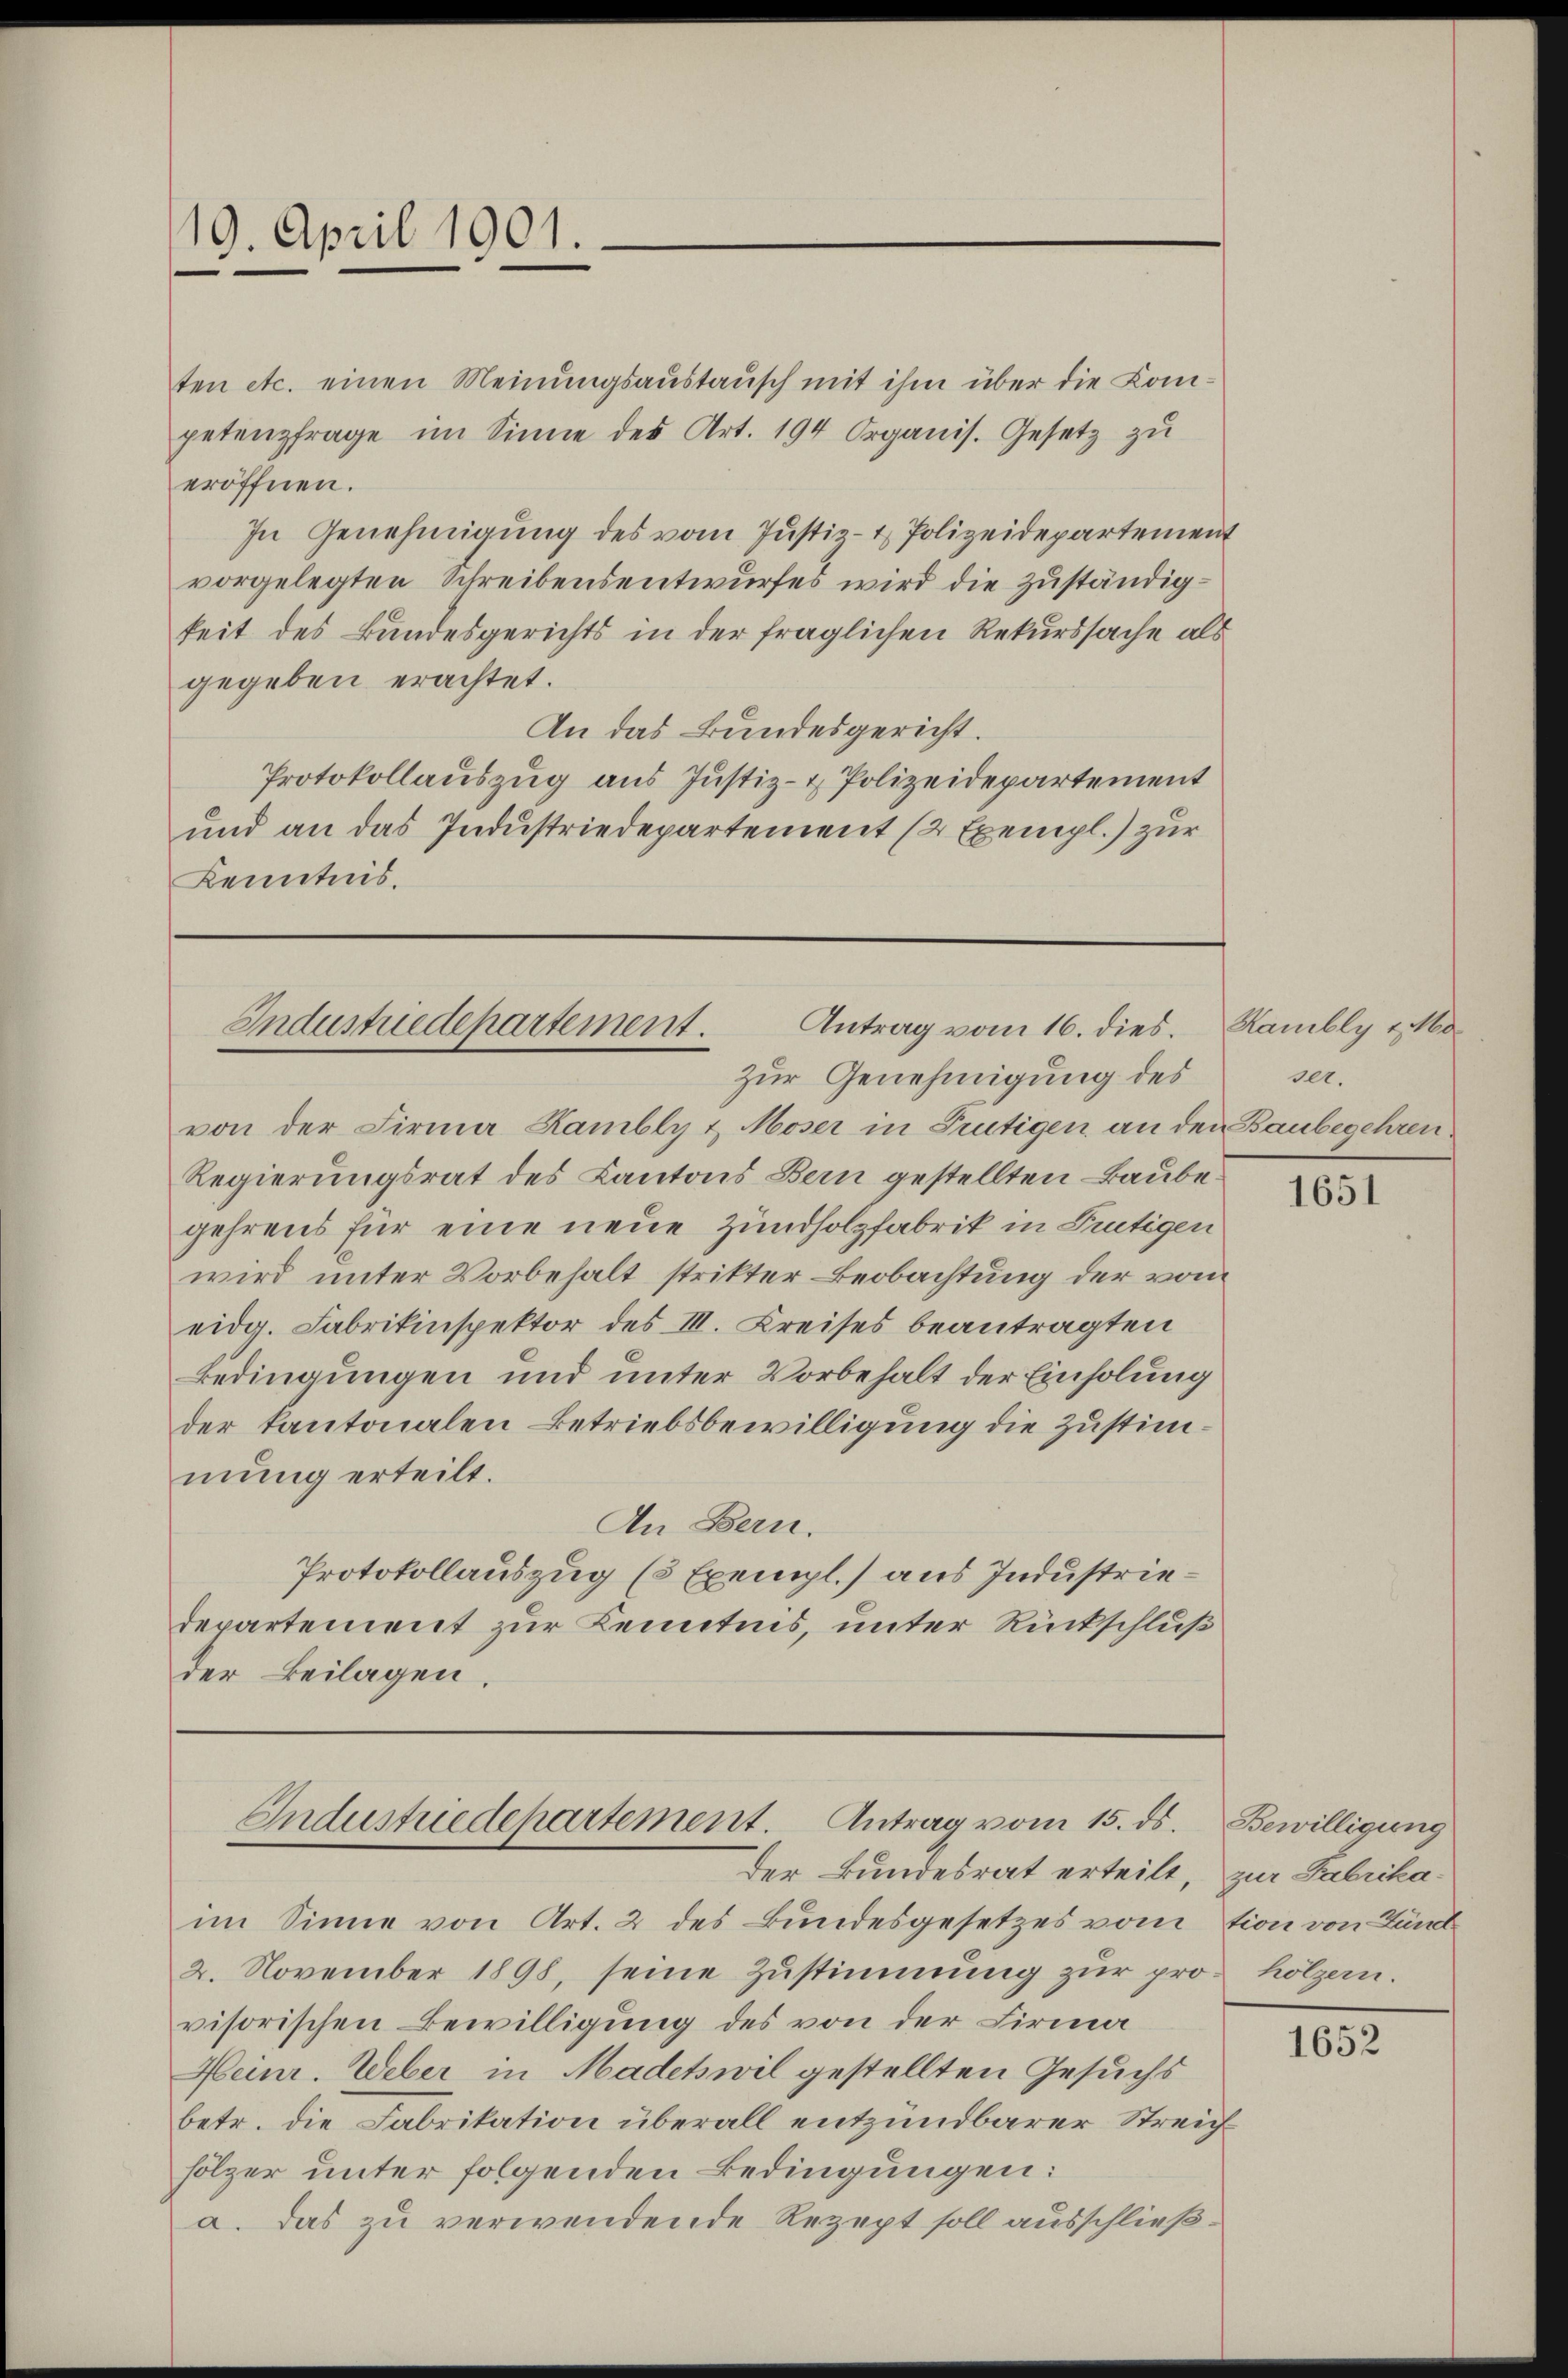
19. April 1901.

ten etc. einen Meinungsaustausch mit ihm über die Competenzfrage im Sinne des Art. 194 Organis. Gesetz zu
eröffnen.
In Genehmigung des vom Justiz- & Polizeidepartement
vorgelegten Schreibensentwurfes wird die zuständigkeit des Bundesgerichts in der fraglichen Rekurssache als
gegeben erachtet.
An das Bundesgericht.
Protokollauszug aus Justiz- & Polizeidepartement
und an das Industriedepartement (2 Exempl.) zur
Kenntnis.

Antrag vom 16. dies.
Industriedepartement.
Zur Genehmigung des

Industriedepartement. Antrag vom 15. ds.
Der Bundesrat erteilt, zur Fabrika¬

von der Firma Kambly & Moser in Trutigen an den Baubegehren.
Regierungsrat des Kantons Bern gestellten Baubegehrens für eine neue Zundholzfabrik in Frutigen
wird unter Vorbehalt strikter Beobachtung der vom
eidg. Fabrikinspektor des III. Kreises beantragten
Bedingungen und unter Vorbehalt der Einholung
der kantonalen Betriebsbewilligung die Zustimmung erteilt.
An Bern.
Protokollauszug (3 Exempl.) aus Industriedepartement zur Kenntnis, unter Rückschluß
der Beilagen.

im Sinne von Art. 2 des Bundesgesetzes vom tion von Zünd¬
2. November 1898, seine Zustimmung zur pro hölzern.
visorischen Bewilligung des von der Firma¬
Heinr. Weber in Madehwil gestellten Gesuchs
betr. die Fabrikation überall entzündbarer Streichhölzer unter folgenden Bedingungen:
a. Das zu verwendende Rezept soll ausschließ¬

Kambly v. Mo
ser.

1651

Bewilligung

1652